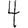
Digit: 4